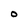
Character: o